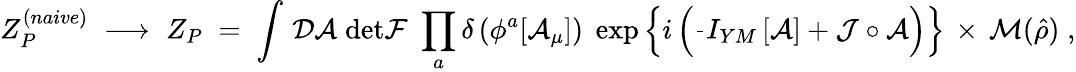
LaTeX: Z_{P}^{(naive)}\; \longrightarrow\; Z_{P}\; =\; \int\, {\cal D}{\cal A}\; \mathrm{det}{\cal F}\; \prod_{a}\delta\left(\phi^{a}[{\cal A}_{\mu}]\right)\; \exp\left\{ i\left(\frac{}{}I_{YM}\left[{\cal A}\right]+{\cal J}\circ{\cal A}\right)\right\} \, \times\, {\cal M}(\hat{\rho})\; ,